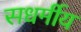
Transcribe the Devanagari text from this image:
सधर्मीय